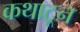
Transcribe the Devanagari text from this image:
कथाटून